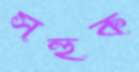
সহুক